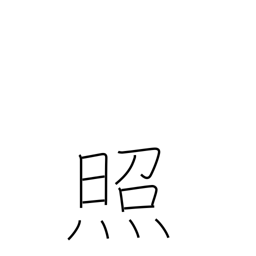
Meaning: shine